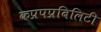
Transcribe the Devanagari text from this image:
कप्रपप्रबिलिटी